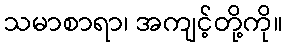
သမာစာရာ၊ အကျင့်တို့ကို။